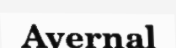
Avernal